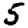
Digit: 5